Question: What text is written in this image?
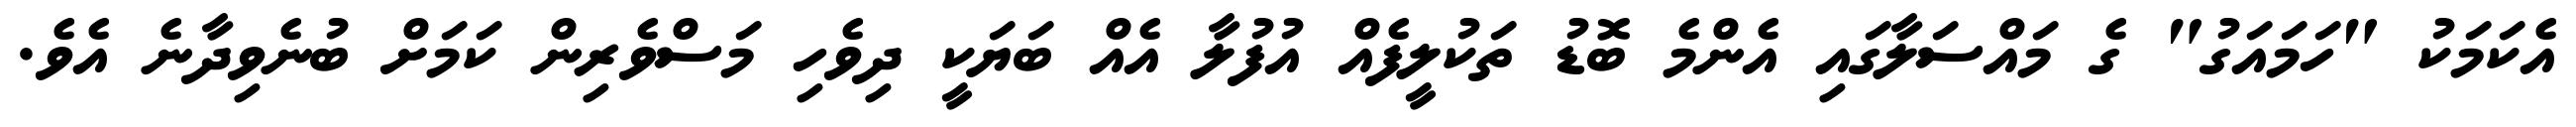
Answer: އެކަމަކު "ހަމައަގު" ގެ މައްސަލާގައި އެންމެ ބޮޑު ތަކުލީފެއް އުފުލާ އެއް ބަޔަކީ ދިވެހި މަސްވެރިން ކަމަށް ބުނެވިދާނެ އެވެ.